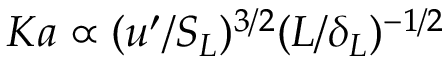
K a \propto ( u ^ { \prime } / S _ { L } ) ^ { 3 / 2 } ( L / \delta _ { L } ) ^ { - 1 / 2 }